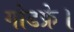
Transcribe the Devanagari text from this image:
गोडफ्रे।